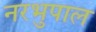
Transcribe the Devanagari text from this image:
नरभुपाल